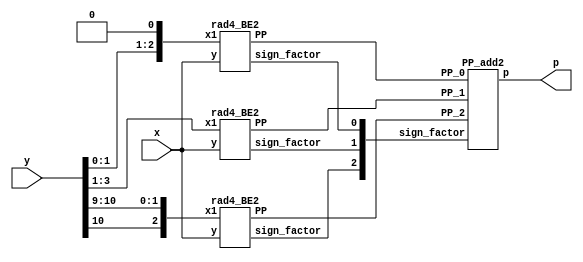
/*
  rad4_odd       -> Exact rad-4 multiplier 
                 -> Because the coefficients are close to -1
                 -> the  last two radix-4 groups change
                 -> plus the MS radix-4 group 

            Y10  Y10  Y9    Y3  Y2  Y1    Y1  Y0  0
                 |             |            |
            -----------    ----------    ----------
         X->| rad-4 BE| X->| rad-4 BE|   | rad-4 BE| <- X(31:0)
            -----------    -----------   -----------
                 |             |             |
                PP2(32:0)     PP1(32:0)     PP0(32:0)
                 |             |             |
                ---------------------------------
                -          Wallace tree         -
                ---------------------------------
                               |
                            P(31:0)

    BE -> Booth encode2r

*/
module rad4_exact(
    input [31:0] x,
    input [10:0] y,
    output [31:0] p
    );

    wire [2:0] sign_factor;
    wire [32:0] PP_2;
    wire [32:0] PP_1;
    wire [32:0] PP_0;
    wire [2:0] tmp1;
    wire [2:0] tmp0;

    assign tmp1 = {y[10],y[10:9]}; 
    assign tmp0 = {y[1:0],1'b0};

// Calculates PP_2 
    rad4_BE2 PP2_gen(
        .x1(tmp1),
        .y(x),
        .sign_factor(sign_factor[2]),
        .PP(PP_2)
        );
// Calculates PP_1
    rad4_BE2 PP1_gen(
        .x1(y[3:1]),
        .y(x),
        .sign_factor(sign_factor[1]),
        .PP(PP_1)
        );

// Calculates PP_1
    rad4_BE2 PP0_gen(
        .x1(tmp0),
        .y(x),
        .sign_factor(sign_factor[0]),
        .PP(PP_0)
        );

// Partial product2 addition 

    PP_add2 Final(
        .sign_factor(sign_factor),
        .PP_2(PP_2),
        .PP_1(PP_1),
        .PP_0(PP_0),
        .p(p)
        );
        
endmodule



module rad4_BE2(
    input [2:0] x1,
    input [31:0] y,
    output sign_factor,
    output [32:0] PP
    );
    
    // encode2 
    wire one, two, sign;
    
    code2 encode2_block(
        .one(one),
        .two(two),
        .sign(sign),
        .y2(x1[2]),
        .y1(x1[1]),
        .y0(x1[0])
        );
        
    // generation of PP
    wire [32:0] tmp1_pp; 
    assign tmp1_pp = {y[31],y}; // This variable is introduced because pp has 33 bits
    
    wire [33:0] out1;
    assign out1[0] = sign;
    
    genvar i;
    generate
        for ( i = 0; i < 33; i = i+1 )
            begin : pp_rad4_first 
            product2 pp_pr(tmp1_pp[i],out1[i],one,two,sign,PP[i],out1[i+1]);
            end
    endgenerate
    
    //sign factor generate
    assign sign_factor = sign;

endmodule

module code2(one,two,sign,y2,y1,y0);  
	input y2,y1,y0;                     
	output one,two,sign;                
	wire [1:0]k;                        
	xor x1(one,y0,y1);                  
	xor x2(k[1],y2,y1);                 
	not n1(k[0],one);                   
	and a1(two,k[0],k[1]);              
	assign sign=y2;                     
endmodule   

module product2(x1,x0,one,two,sign,p,i);
	input x1,x0,sign,one,two;
	output p,i;
	wire [1:0] k;
	xor xo1(i,x1,sign);
	and a1(k[1],i,one);
	and a0(k[0],x0,two);
	or o1(p,k[1],k[0]);
endmodule

module sgn_gen2(one,two,sign,sign_factor);
    input sign,one,two;
    output sign_factor;
    wire k;
    or o1(k,one,two);
    and a1(sign_factor,sign,k);
endmodule

module PP_add2(
    input [2:0] sign_factor,
    input [32:0] PP_2,
    input [32:0] PP_1,
    input [32:0] PP_0,
    output [31:0] p
    );
    
    
    // generate negative MSBs
    wire [2:0] E_MSB;
    assign E_MSB[0] = ~ PP_0[32];
    assign E_MSB[1] = ~ PP_1[32];
    assign E_MSB[2] = ~ PP_2[32];

    // First  reduction
    wire [36:0] sum00_FA;
    wire [36:0] carry00_FA;
  

    wire [36:0] tmp001_FA;
    wire [36:0] tmp002_FA;
    wire [36:0] tmp003_FA;

    assign tmp001_FA = {E_MSB[0],{3{PP_0[32]}},PP_0};
    assign tmp002_FA = {E_MSB[1],PP_1[32],PP_1,sign_factor[2],sign_factor[0]};
    assign tmp003_FA = {PP_2[26:0],{7{sign_factor[2]}},sign_factor[2],{2{sign_factor[2]}}};

    genvar i001;
    generate
        for (i001 = 0; i001 < 37; i001 = i001 + 1)
            begin : pp_FAd200
            FAd2 pp_FAd2(tmp001_FA[i001],tmp002_FA[i001], tmp003_FA[i001], carry00_FA[i001],sum00_FA[i001]);
            end
    endgenerate


    wire [4:0] sum00_HA;
    wire [4:0] carry00_HA;

    wire [4:0] tmp001_HA;
    wire [4:0] tmp002_HA;

    assign tmp001_HA = {5{1'b1}};
    assign tmp002_HA = {PP_2[31:27]};


    genvar i002;
    generate
        for (i002 = 0; i002 < 5; i002 = i002 + 1)
            begin : pp_HAd200
            HAd2 pp_HAd2(tmp001_HA[i002],tmp002_HA[i002],carry00_HA[i002],sum00_HA[i002]);
            end
    endgenerate
   
    wire [41:0] tmp_sum;
    wire [41:0] tmp_add1;
    wire [41:0] tmp_add2;

    assign tmp_add1 = {sum00_HA[5:0],sum00_FA};
    assign tmp_add2 = {carry00_HA[4:0],carry00_FA,sign_factor[2]}; 

    assign tmp_sum = tmp_add1 + tmp_add2;

    assign p = tmp_sum[41:10];

endmodule


module FAd2(a,b,c,cy,sm);
	input a,b,c;
	output cy,sm;
	wire x,y,z;
	xor x1(x,a,b);
	xor x2(sm,x,c);
	and a1(y,a,b);
	and a2(z,x,c);
	or o1(cy,y,z);
endmodule 

module HAd2(a,b,cy,sm);
	input a,b;
	output cy,sm;
	xor x1(sm,a,b);
	and a1(cy,a,b);
endmodule